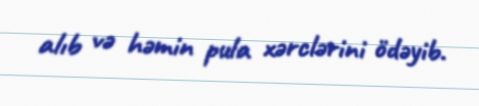
alıb və həmin pula xərclərini ödəyib.